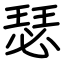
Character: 瑟